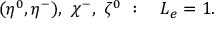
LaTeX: ( \eta ^ { 0 } , \eta ^ { - } ) , ~ \chi ^ { - } , ~ \zeta ^ { 0 } ~ : ~ ~ ~ L _ { e } = 1 .